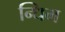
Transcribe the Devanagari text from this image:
न्धिम